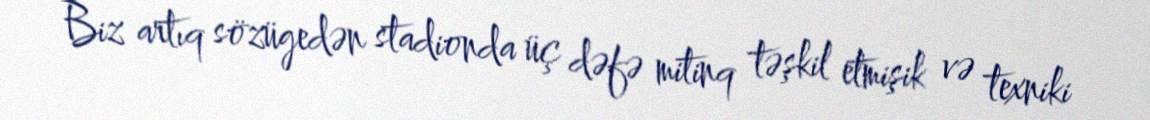
Biz artıq sözügedən stadionda üç dəfə mitinq təşkil etmişik və texniki